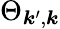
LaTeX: \Theta_{\boldsymbol{k}^{\prime},\boldsymbol{k}}